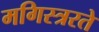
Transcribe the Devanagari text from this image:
मगिस्त्ररते